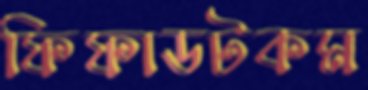
ফিফাডটকম